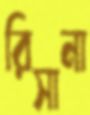
রিসানা